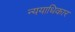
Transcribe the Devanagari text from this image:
न्ययाधिकार